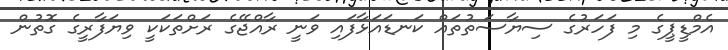
އެމްޑީޕީގެ މި ފަހަރުގެ ސިޔާސަތުތައް ކަނޑައަޅާފައި ވަނީ ރާއްޖޭގެ ރަށްތަކަކީ ވިޔަފާރީގެ ގޮތުން